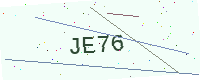
Text: JE76